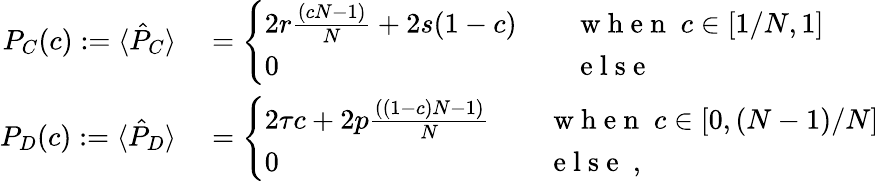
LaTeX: \begin{array}{rl}{P_{C}(c):=\langle\hat{P}_{C}\rangle}&{{}=\left\{ \begin{array}{ll}{2r\frac{(cN-1)}{N}+2s(1-c)\quad}&{\mathrm{~w~h~e~n~}\; c\in[1/N,1]}\\ {0}&{\mathrm{~e~l~s~e~}}\end{array}\right.}\\ {P_{D}(c):=\langle\hat{P}_{D}\rangle}&{{}=\left\{ \begin{array}{ll}{2\tau c+2p\frac{((1-c)N-1)}{N}\quad}&{\mathrm{~w~h~e~n~}\; c\in[0,(N-1)/N]}\\ {0}&{\mathrm{~e~l~s~e~}~,}\end{array}\right.}\end{array}